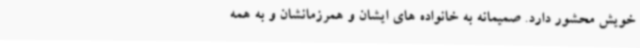
خویش محشور دارد. صمیمانه به خانواده های ایشان و همرزمانشان و به همه